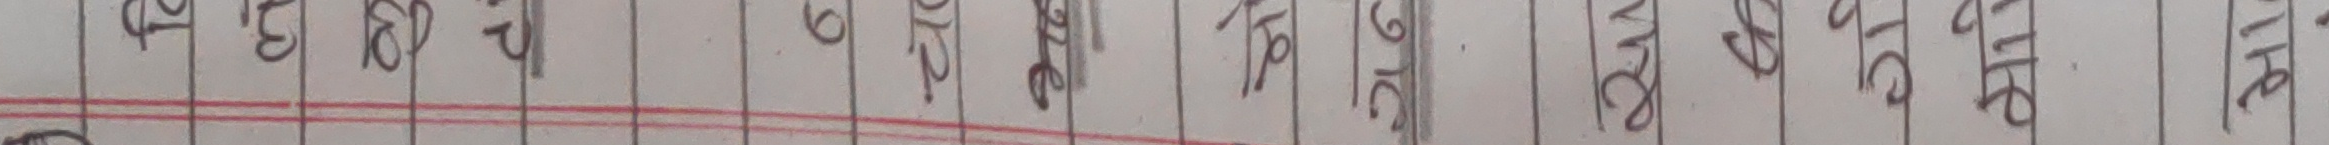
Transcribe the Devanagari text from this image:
वुइमप सयोजना गोपीयेश्नक परिवर्तन लेखनपुस्तक सिद्धान्तिधि आयोजन विभिन्नता बिनामयादी शिक्षण